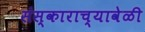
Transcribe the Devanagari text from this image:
संस्काराच्यावेळी